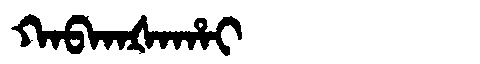
Manchu: ᡴᠠᠪᡴᠠᡧᠠᡥᠠᡳ
Romanization: KABKAŠAHAI